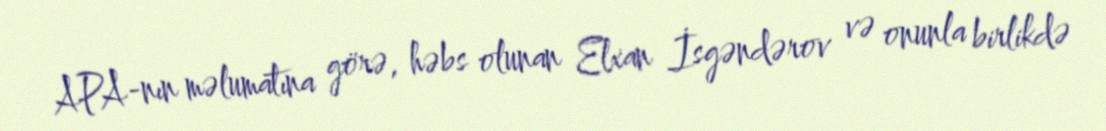
APA-nın məlumatına görə, həbs olunan Elxan İsgəndərov və onunla birlikdə